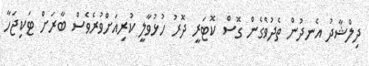
ދިލްޝާދު އެނދުން ތެދުވެގެން ގޮސް ކޮޓަރީ ދޮރު ހުޅުވާލީ ކުރިއަށްވުރެވެސް ބާރަށް ޓަކިޖަހާ